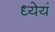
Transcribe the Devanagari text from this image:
ध्येयं